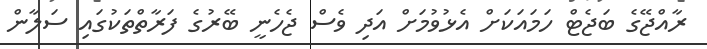
ރާއްޖޭގެ ބަޖެޓް ހަމައަކަށް އެޅުވުމަށް އަދި ވެސް ޖެހެނީ ބޭރުގެ ފަރާތްތަކުގައި ސަލާން